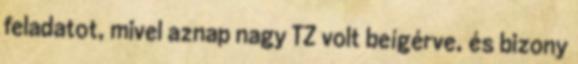
feladatot, mivel aznap nagy TZ volt beígérve, és bizony